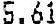
5.61